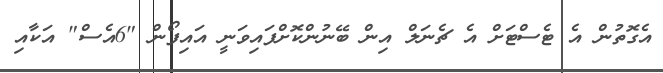
އެގޮތުން އެ ޓެސްޓަށް އެ ޗެނަލް އިން ބޭނުންކޮށްފައިވަނީ އައިފޯން "6އެސް" އަކާއި